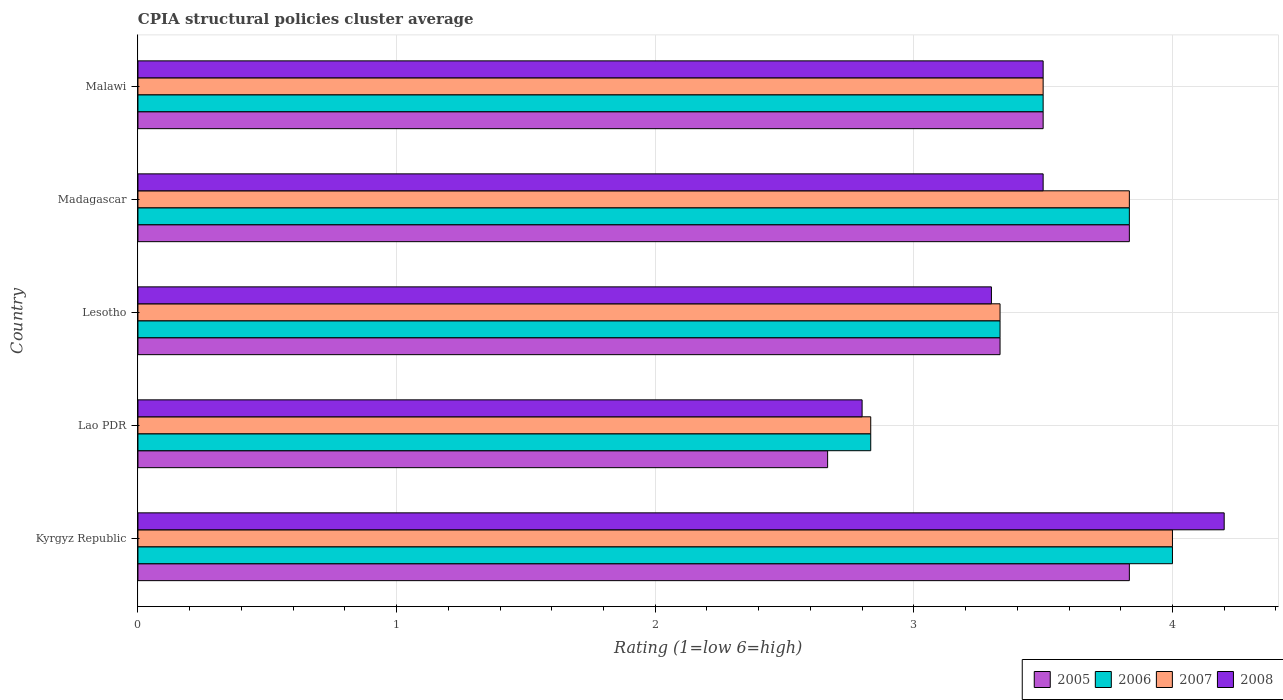
| Country | 2005 | 2006 | 2007 | 2008 |
 | --- | --- | --- | --- | --- |
 | Kyrgyz Republic | 3.83 | 4 | 4 | 4.2 |
 | Lao PDR | 2.67 | 2.83 | 2.83 | 2.8 |
 | Lesotho | 3.33 | 3.33 | 3.33 | 3.3 |
 | Madagascar | 3.83 | 3.83 | 3.83 | 3.5 |
 | Malawi | 3.5 | 3.5 | 3.5 | 3.5 |